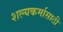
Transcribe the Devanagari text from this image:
शल्यकर्मासाठी